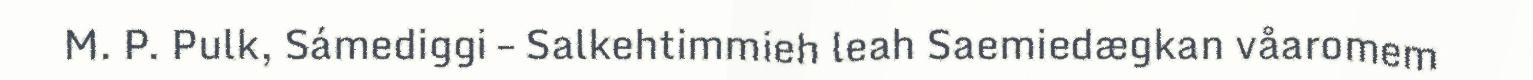
M. P. Pulk, Sámediggi – Salkehtimmieh leah Saemiedægkan våaromem